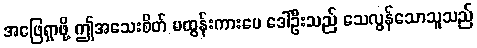
အဖြေရှာဖို့ ဤအသေးစိတ် မထွန်းကားပေ ဒေါ်ဦးသည် သေလွန်သောသူသည်